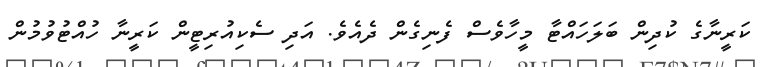
ކަރީނާގެ ކުދިން ބަލަހައްޓާ މީހާވެސް ފެނިގެން ދެއެވެ. އަދި ސެކިއުރިޓީން ކަރީނާ ހުއްޓުވުމުން